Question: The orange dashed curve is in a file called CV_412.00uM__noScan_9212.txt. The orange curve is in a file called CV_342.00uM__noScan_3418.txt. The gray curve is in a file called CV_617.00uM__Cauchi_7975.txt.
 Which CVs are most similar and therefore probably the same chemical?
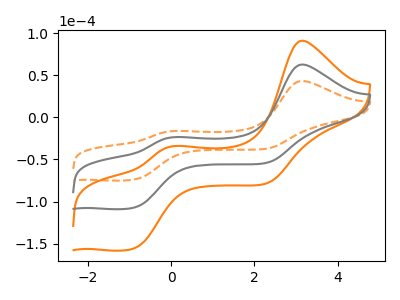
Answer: <think>The orange dashed curve "412.00uM" has anodic peaks at (3.15V, 43.20uA) (0.05V, -16.20uA) and cathodic peaks at (-0.90V, -73.80uA) (2.30V, -37.20uA). The orange curve "342.00uM" has anodic peaks at (3.15V, 125.35uA) (0.05V, -47.05uA) and cathodic peaks at (-0.90V, -214.20uA) (2.30V, -108.00uA). The gray curve "617.00uM" has anodic peaks at (3.15V, 62.70uA) (0.05V, -23.55uA) and cathodic peaks at (-0.90V, -107.10uA) (2.30V, -54.00uA).
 All the peaks in "412.00uM" have a peak in "342.00uM" at the same potential. All the peaks in "412.00uM" have a peak in "617.00uM" at the same potential. All the peaks in "342.00uM" have a peak in "617.00uM" at the same potential.</think>
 <answer>"412.00uM", "342.00uM" and "617.00uM" have the same shape and are likely CV's of the same chemical.</answer>
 <eval>"412.00uM" "342.00uM" "617.00uM"</eval>